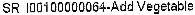
SR I00100000064-ADD VEGETABLE